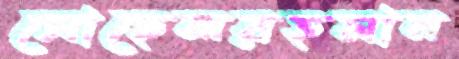
সোহেলরহমান